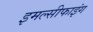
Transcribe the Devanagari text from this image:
इमल्सीफाइंग